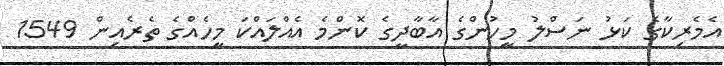
އެމެރިކާގެ ކަޅު ނަސްލު މީހުންގެ އާބާދީގެ ކޮންމެ އެއްލައްކަ މީހެއްގެ ތެރެއިން 1549